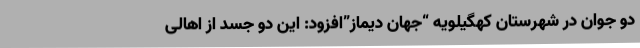
دو جوان در شهرستان کهگیلویه “جهان دیماز”افزود: این دو جسد از اهالی